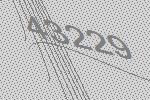
43229